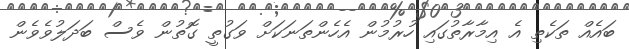
ބައެއް ތަކެތި އެ އިމާރާތުގައި ހުރުމުން އެހެންތަނަކަށް ވަގުތީ ގޮތުން ވެސް ބަދަލުވެވެން